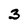
Character: 3